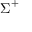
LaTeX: { \boldsymbol { \Sigma } } ^ { + }